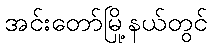
အင်းတော်မြို့နယ်တွင်